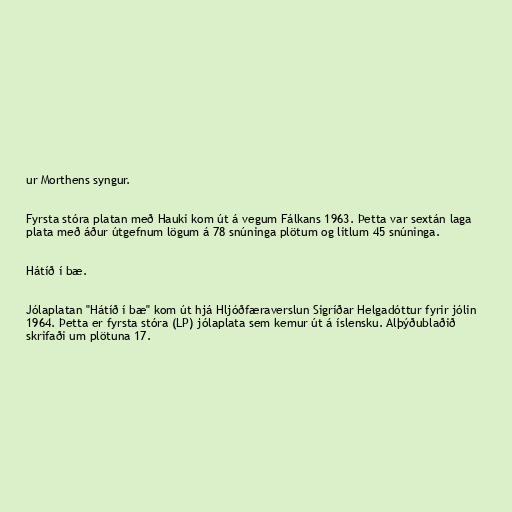
ur Morthens syngur.

Fyrsta stóra platan með Hauki kom út á vegum Fálkans 1963. Þetta var sextán laga
plata með áður útgefnum lögum á 78 snúninga plötum og litlum 45 snúninga.

Hátíð í bæ.

Jólaplatan "Hátíð í bæ" kom út hjá Hljóðfæraverslun Sigríðar Helgadóttur fyrir jólin
1964. Þetta er fyrsta stóra (LP) jólaplata sem kemur út á íslensku. Alþýðublaðið
skrifaði um plötuna 17.